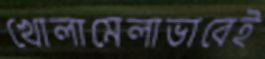
খোলামেলাভাবেই